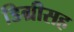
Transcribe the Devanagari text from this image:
डिग्रीसह